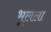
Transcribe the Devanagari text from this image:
भूलला